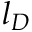
l _ { D }